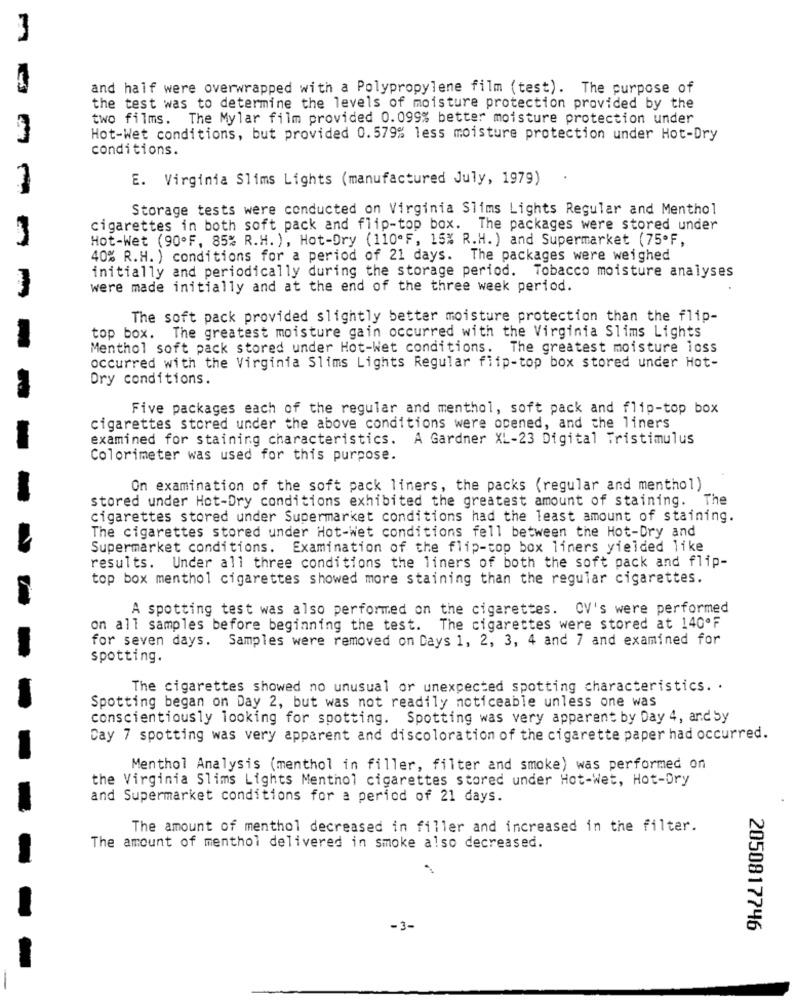
and half were overwrapped with a Polypropylene film (test). The purpose of
the test was to determine the levels of moisture protection provided by the
two films. The Mylar film provided 0.099% better moisture protection under
Hot-Wet conditions, but provided 0.579% less moisture protection under Hot-Dry
conditions.
E. Virginia Slims Lights (manufactured July, 1979)
Storage tests were conducted on Virginia Slims Lights Regular and Menthol
cigarettes in both soft pack and flip-top box. The packages were stored under
Hot-Wet (90ºF, 85% R.H. ), Hot-Dry (110"F, 15% R.H. ) and Supermarket (75ºF,
40% R.H. ) conditions for a period of 21 days. The packages were weighed
initially and periodically during the storage period. Tobacco moisture analyses
were made initially and at the end of the three week period.
The soft pack provided slightly better moisture protection than the flip-
top box. The greatest moisture gain occurred with the Virginia Slims Lights
Menthol soft pack stored under Hot-Wet conditions. The greatest moisture loss
occurred with the Virginia Slims Lights Regular flip-top box stored under Hot-
Dry conditions.
Five packages each of the regular and menthol, soft pack and flip-top box
cigarettes stored under the above conditions were opened, and the liners
examined for staining characteristics. A Gardner XL-23 Digital Tristimulus
Colorimeter was used for this purpose.
On examination of the soft pack liners, the packs (regular and menthol)
stored under Hot-Dry conditions exhibited the greatest amount of staining. The
cigarettes stored under Supermarket conditions had the least amount of staining.
The cigarettes stored under Hot-Wet conditions fell between the Hot-Dry and
Supermarket conditions. Examination of the flip-top box liners yielded like
results. Under all three conditions the liners of both the soft pack and flip-
top box menthol cigarettes showed more staining than the regular cigarettes.
A spotting test was also performed on the cigarettes. CV's were performed
on all samples before beginning the test. The cigarettes were stored at 140ºF
for seven days. Samples were removed on Days 1, 2, 3, 4 and 7 and examined for
spotting.
The cigarettes showed no unusual or unexpected spotting characteristics. .
Spotting began on Day 2, but was not readily noticeable unless one was
conscientiously looking for spotting. Spotting was very apparent by Day 4, and Sy
Cay 7 spotting was very apparent and discoloration of the cigarette paper had occurred.
Menthol Analysis (menthol in filler, filter and smoke) was performed on
the Virginia Slims Lights Menthol cigarettes stored under Hot-Wet, Hot-Dry
and Supermarket conditions for a period of 21 days.
The amount of menthol decreased in filler and increased in the filter.
The amount of menthol delivered in smoke also decreased.
2050817746